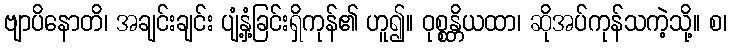
ဗျာပိနောတိ၊ အချင်းချင်း ပျံ့နှံ့ခြင်းရှိကုန်၏ ဟူ၍။ ဝုစ္စန္တိယထာ၊ ဆိုအပ်ကုန်သကဲ့သို့။ စ၊